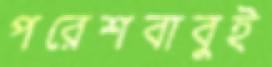
পরেশবাবুই